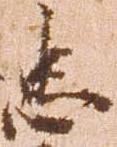
忠